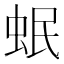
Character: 𧉬